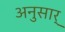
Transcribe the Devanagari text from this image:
अनुसार्